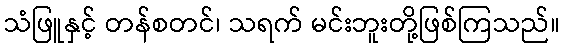
သံဖြူနှင့် တန်စတင်၊ သရက် မင်းဘူးတို့ဖြစ်ကြသည်။